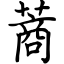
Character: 蔏